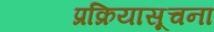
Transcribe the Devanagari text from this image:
प्रक्रियासूचना